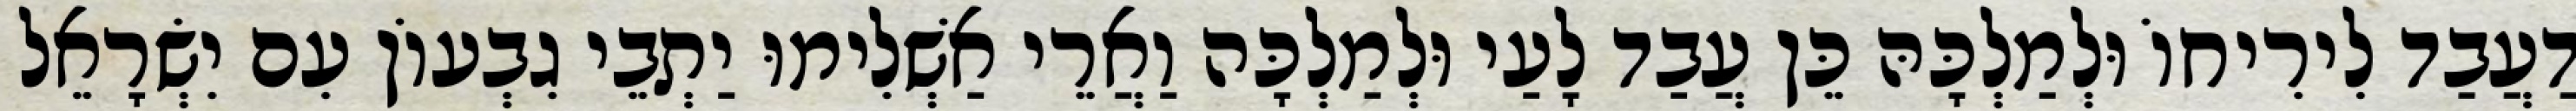
דַעֲבַד לִירִיחוֹ וּלְמַלְכָּהּ כֵּן עֲבַד לָעַי וּלְמַלְכָּה וַאֲרֵי אַשְׁלִימוּ יַתְבֵי גִבְעוֹן עִם יִשְׂרָאֵל